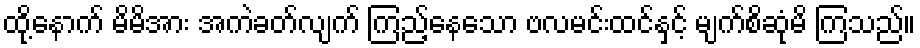
ထို့နောက် မိမိအား အကဲခတ်လျက် ကြည့်နေသော ဗလမင်းထင်နှင့် မျက်စိဆုံမိ ကြသည်။